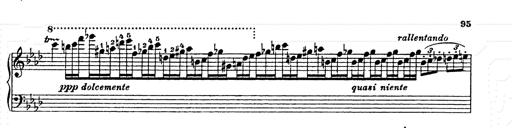
Title: AnnÃ©es de pÃ¨lerinage II
Composer: Franz Liszt